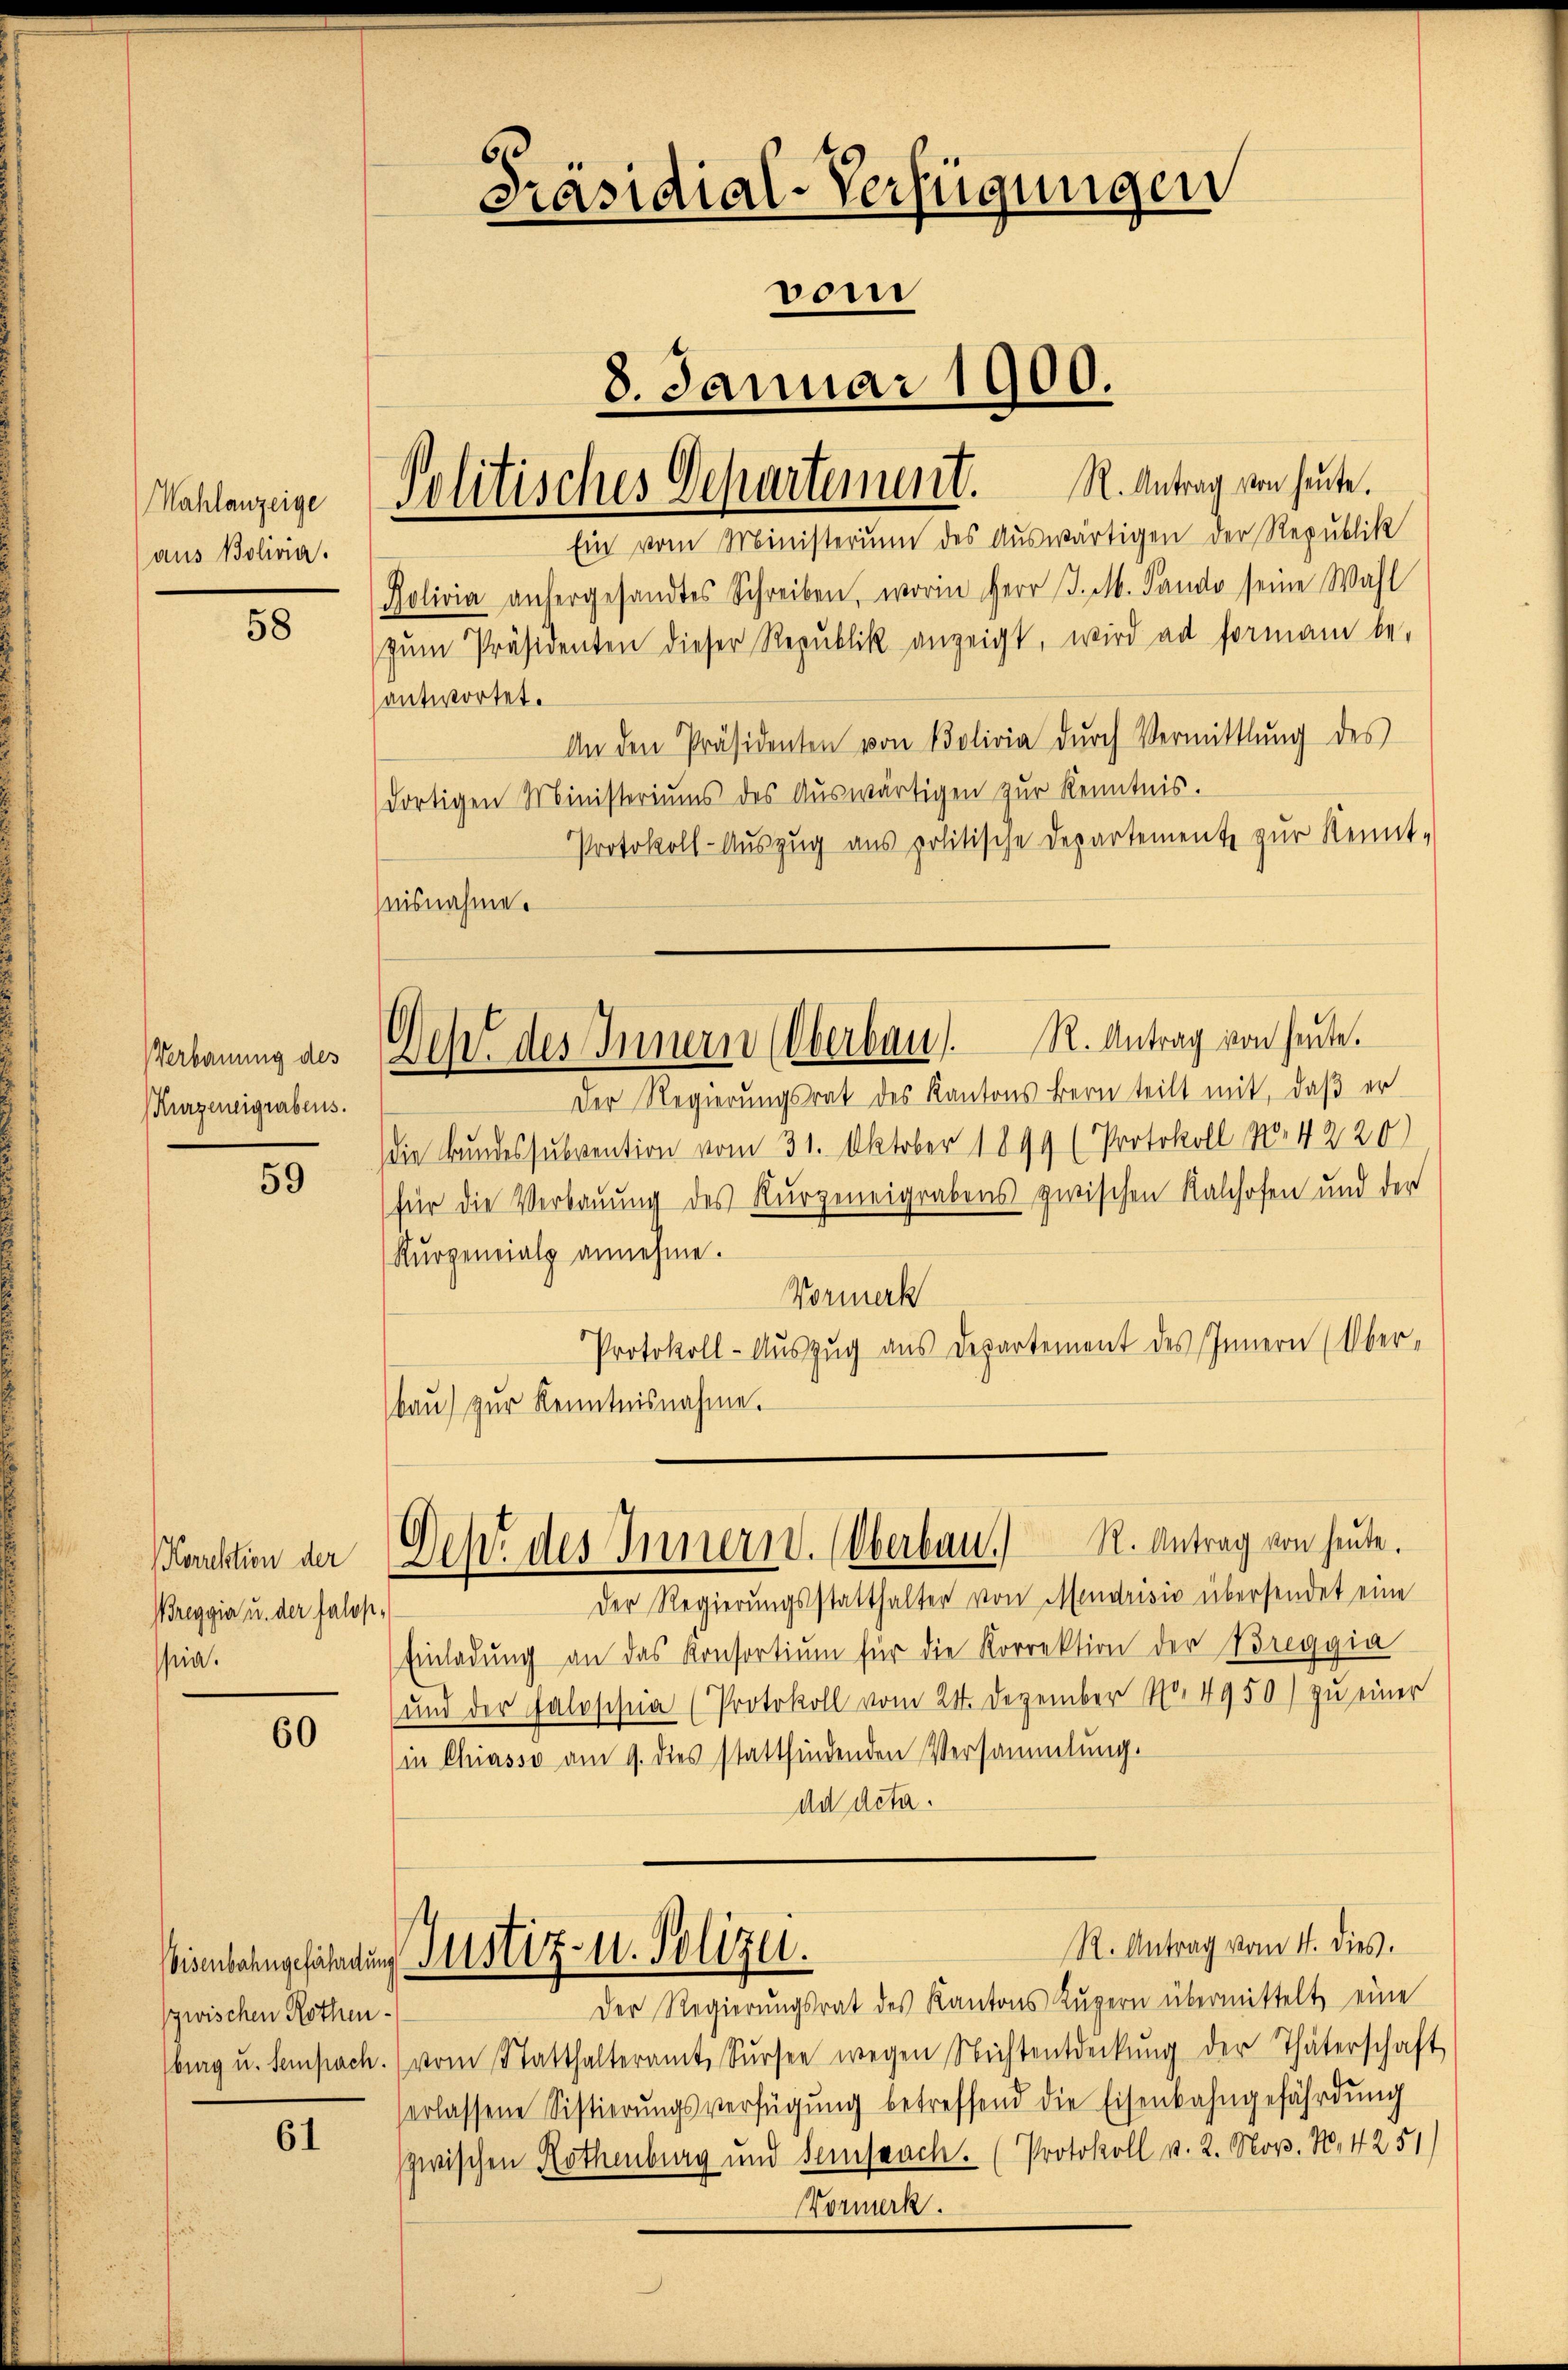
Kahlanzeige
aus Bolivia.

58

Verbauung des
(Kurzeneigrabens.

59

orrektion der
Breggia u. der Jalopsia.

60

zwischen Rothen¬

61

antwortet.

Ein vom Ministerium des Auswärtigen der Republik
Rolivia anhergesandtes Schreiben, worin Herr J. M. Pando seine Wahl
zŭm Präsidenten dieser Republik anzeigt, wird ad formani be-
An den Präsidenten von Bolivia dŭrch Vermittlung des
dortigen Ministeriums des Aŭswärtigen zŭr Kenntnis.
Protokoll-Auszug aus politische Departemente zur Kennt-
nisnahme.
Deh. des Innern (Oberbau s. R. Antrag von heute.
Der Regierungsrat des Kantons Bern teilt mit, daß er
die Bundessubvention vom 31. Oktober 1899 (Protokoll No. 4220)
für die Verbauung des Kurzeneigrabens zwischen Kalchofen und der
Kŭrgeneialp annehme.
Vormerk
Protokoll-Auszug aus Departement des Innern (Oberbaŭ zŭr Kenntnisnahme.

Der Regierungsstatthalter von Mendrisis übersendet eine
Einladŭng an das Konsortium für die Korrektion der Breggia
(und der Faloschia (Protokoll vom 24. Dezember 170. 4950) zu einer
in Chiasso am 9. dies stattfindenden Versammlung.
ad Acta.

C
Präsidial-Verfügungen
vom
8. Januar 1900.
Solitisches Departement. R. Antrag von heute.

Deht des Innern. Oberbau.) R. Antrag von heŭte.

R. Antrag vom 4. dies.
Der Regierŭngsrat des Kantons Lŭzern übermittelt eine
burg u. Sempach. (vom Statthalteramt Sursee wegen Nichtentdeckŭng der Thäterschaft,
erlassene Sistierŭngsverfügŭng betreffend die Eisenbahngefährdŭng
zwischen Rothenburg und Semspach. (Protokoll p. 2. Nov. N. 4251
Vormerk.

Bisenbahngeführung Justiz- u. Polizei.